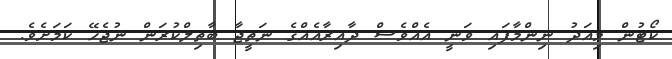
ކޯޓުން މިއަދު ނިންމާފައި ވަނީ އެއްވެސް ދާއިރާއެއްގެ ނަތީޖާ ބާތިލްކުރަން ނުޖެހޭ ކަމަށެވެ.